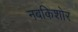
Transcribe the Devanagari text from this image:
नबकिशोर